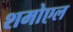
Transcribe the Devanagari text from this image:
शमोएल